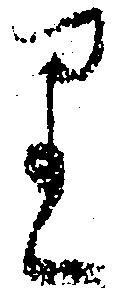
り